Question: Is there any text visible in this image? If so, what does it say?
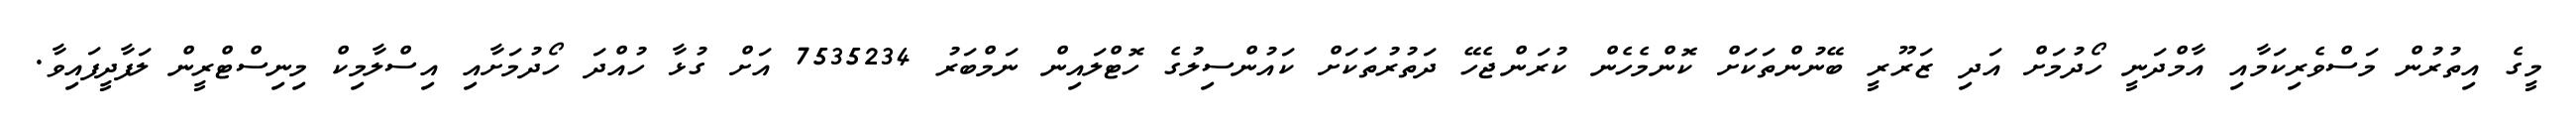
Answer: މީގެ އިތުރުން މަސްވެރިކަމާއި އާމްދަނީ ހޯދުމަށް އަދި ޒަރޫރީ ބޭނުންތަކަށް ކޮންމެހެން ކުރަންޖެހޭ ދަތުރުތަކަށް ކައުންސިލުގެ ހޮޓްލައިން ނަމްބަރު 7535234 އަށް ގުޅާ ހުއްދަ ހޯދުމަށާއި އިސްލާމިކް މިނިސްޓްރީން ލަފާދީފައިވާ.